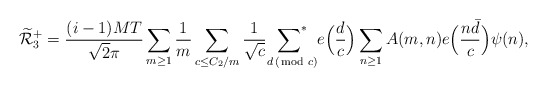
\begin{align*}\widetilde{\mathcal{R}}_3^+=\frac{(i-1) MT}{\sqrt{2} \pi}\sum_{m\geq 1}\frac1m\sum_{c\leq C_2/m}\frac1{\sqrt c}{\mathop{\sum\nolimits^*}\limits_{d\,(\!\!\!\!\!\mod c)}}e\Big(\frac dc\Big)\sum_{n\geq1}A(m,n)e\Big(\frac{n\bar d}c\Big)\psi(n),\end{align*}